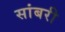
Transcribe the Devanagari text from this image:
सांबरी